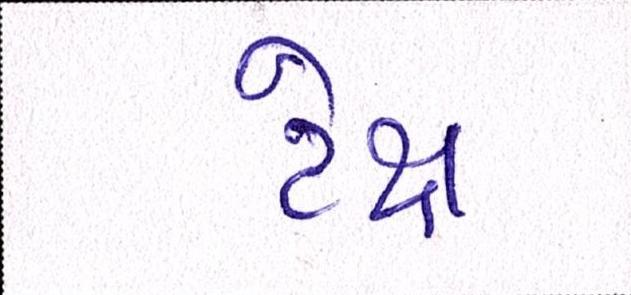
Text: ટેક્ષ